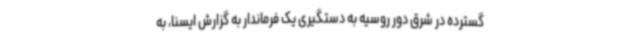
گسترده در شرق دور روسیه به دستگیری یک فرماندار به گزارش ایسنا، به